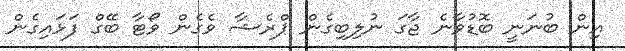
އިން ބުނަނީ ބޮޑުވާނެ ޖާގަ ނުލިބިގެން ޕްރެޝާ ވެގެން ވޯޓާ ބޭގް ފަޅައިގެން